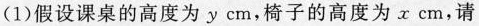
(1)假设课桌的高度为y cm，椅子的高度为x cm，请